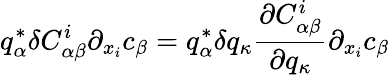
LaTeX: q_{\alpha}^{*}\delta C_{\alpha\beta}^{i}\partial_{x_{i}}c_{\beta}=q_{\alpha}^{*}\delta q_{\kappa}\frac{\partial C_{\alpha\beta}^{i}}{\partial q_{\kappa}}\partial_{x_{i}}c_{\beta}